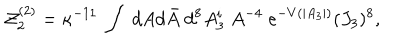
{ \cal Z } _ { 2 } ^ { ( 2 ) } = \kappa ^ { - 1 1 } \; \int \; d A d \bar { A } \; d ^ { 8 } A _ { 3 } ^ { i } \; A ^ { - 4 } \; e ^ { - V ( | A _ { 3 } | ) } ( J _ { 3 } ) ^ { 8 } ,